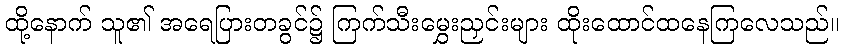
ထို့နောက် သူ၏ အရေပြားတခွင်၌ ကြက်သီးမွှေးညှင်းများ ထိုးထောင်ထနေကြလေသည်။